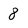
Character: 8